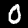
Digit: 0